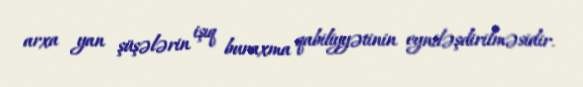
arxa yan şüşələrin işıq buraxma qabiliyyətinin eyniləşdirilməsidir.